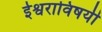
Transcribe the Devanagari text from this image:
ईश्वराविषयी